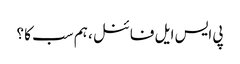
پی ایس ایل فائنل ، ہم سب کا ؟